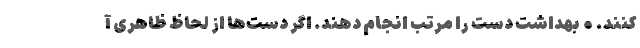
کنند. • بهداشت دست را مرتب انجام دهند. اگر دست‌ها از لحاظ ظاهری آ